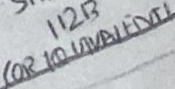
Text: (OR EQUIVALENT)